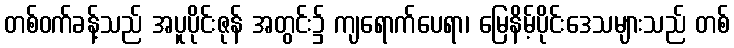
တစ်ဝက်ခန့်သည် အပူပိုင်းဇုန် အတွင်း၌ ကျရောက်ပေရာ၊ မြေနိမ့်ပိုင်းဒေသများသည် တစ်